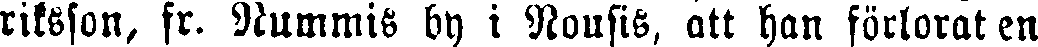
riksson, fr. Nummis by i Nousis, att han förlorat en